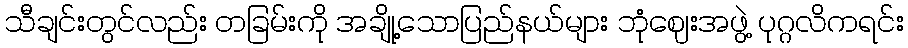
သီချင်းတွင်လည်း တခြမ်းကို အချို့သောပြည်နယ်များ ဘုံဈေးအဖွဲ့ ပုဂ္ဂလိကရင်း